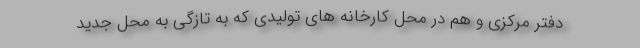
دفتر مرکزی و هم در محل کارخانه های تولیدی که به تازگی به محل جدید